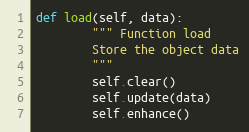
Language: Python
def load(self, data):
        """ Function load
        Store the object data
        """
        self.clear()
        self.update(data)
        self.enhance()